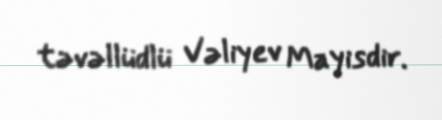
təvəllüdlü Vəliyev Mayisdir.